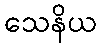
သေနိယ